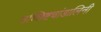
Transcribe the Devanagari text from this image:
उच्छिष्टचांडालिनी